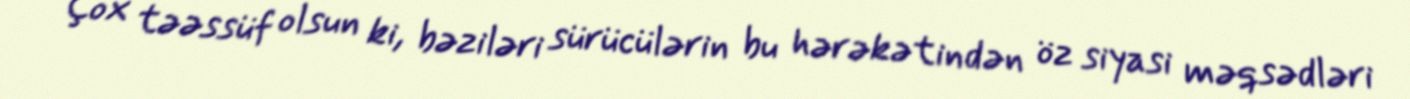
Çox təəssüf olsun ki, bəziləri sürücülərin bu hərəkətindən öz siyasi məqsədləri